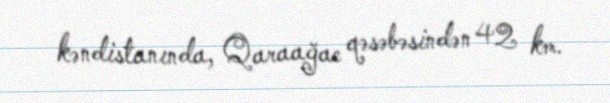
kəndistanında, Qaraağac qəsəbəsindən 42 km.